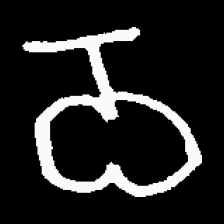
Pyu character \u2014 Myanmar letter: ဝ (romanized: wa)